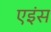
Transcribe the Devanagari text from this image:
एइंस